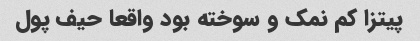
پیتزا کم نمک و سوخته بود واقعا حیف پول